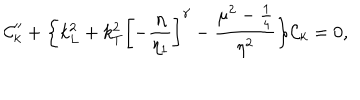
{ \cal C } _ { k } ^ { \prime \prime } + \biggl \{ k _ { L } ^ { 2 } + k _ { T } ^ { 2 } \biggl [ - \frac { \eta } { \eta _ { 1 } } \biggr ] ^ { \gamma } - \frac { \mu ^ { 2 } - \frac { 1 } { 4 } } { \eta ^ { 2 } } \biggr \} { \cal C } _ { k } = 0 ,